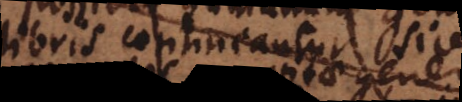
libris contineantur sive